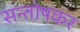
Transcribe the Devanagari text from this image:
सन्तोषकर